Treatise on elephants
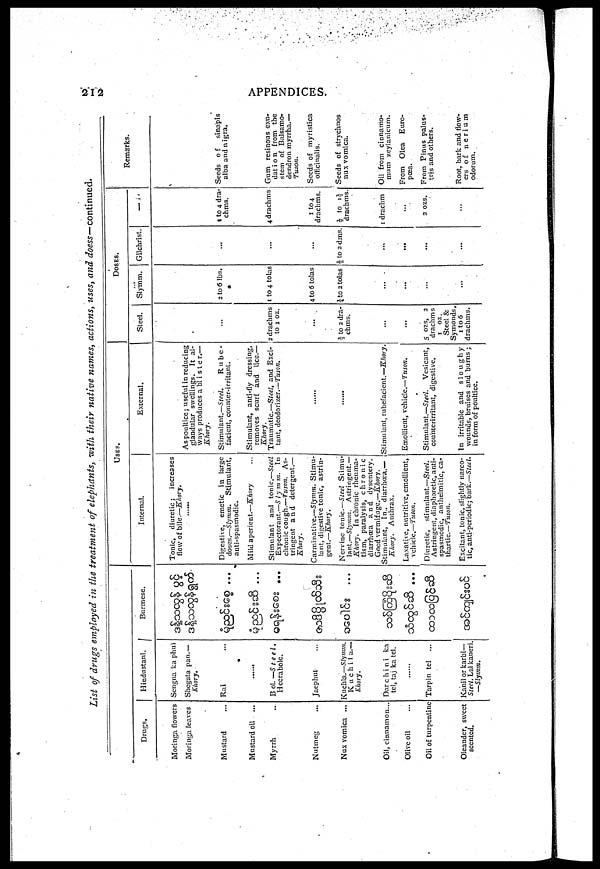
212
APPENDICES.
List of drugs employed in the treatment of elephants, with their native names, actions, uses, and doess—continued.
Drugs.
Moringa (flowers
Moringa leaves
Mustard
Mustard oil ...
Myrrh
Nutmeg
Nux vomica ...
Oil, cinnamon...
Olive oil ...
Oil of turpentine
Oleander, sweet
scented.
Hindustani.
Sengna ka phul
Sliegata pan.—
Khory.
Rai
B
ol.—Steel.
Heerabole.
Jaephul
Kuchla.—Slymm.
Kuchi1a—
Khory.
Dar chini ka
tel, taj ka tel.
......
Tarpin tel
Kanil or karbi—
Steel. Lal kaneri.
—Slymm.
Burmese.
...
...
...
...
USES.
Internal.
Tonic, diuretic;
increases
flow of bile.—Khory.
........
Digestive, emetic in large
doses.—Slymm.
Stimulant,
anti-spasmodic.
Mild aperient.—Khory
Stimulant and tonic.—Steel
Expectorant.—Slymm. In
chronic cough.—Tuson. As-
tringent and detergent.—
Khory.
Carminnthe.—Slymm. Stimu-
lant, digesthe tonic, astrin-
gent.—Khory.
Nervine tonic.—Steel Stimu-
lant.—Slymm. Astringent.—
Khoty.
In chronic rheuma-
tism, paralysis, chronic
diarrhœa and dysentery.
Good vermifuge.—Khory.
Stimulant, In. diarrhoea.—
Khory.
Anthrax.
Laxative, nutritive, emollient,
vehicle.—Tuson.
Diuretic,
stimulant.—Steel.
Astringent, diaphoretic, anti-
spasmodic, anthelmitic, ca-
thartic— Tuson.
Excitant, tonic, slightly narco-
tic, anti-periodic; bark.—Steel.
External.
As poultice; useful in reducing
glandular swellings. It al-
ways produces a blister.—
Khory.
Stimulant.—Steel.
Rube-
facient, counter-irritant.
Stimulant, anti-fly dressing,
removes scurf and lice.—
Khory.
Traumatic.—Steel, and Exci-
tant, deodorizer.—Tuson.
......
......
Stimulant, rubefacient.—Khory.
Emollient, vehicle.—Tuson.
Stimulant.—Steel.
Vesicant,
countcrirritant, digestive.
In irritable and sloughy
wounds, bruises and burns ;
in form of poultice.
DOSES.
Steel.
...
2 drachms
to 1 oz.
......
½ to 2 dra-
chms.
...
...
5 OZS, 2
drachms
1
OZ.
Steel &
Symonds,
1 to 6
drachms.
Slymm.
2 to 6 lbs.
1 to 4 tolas
4 to 6 tolas
½ to 2 tolas
...
...
...
...
Gilchrist.
...
...
...
½ to 2 dms.
...
...
...
...
-
to 4 dra-
chms.
4 drachms
1 to 4
drachms.
½ to l½
drachms.
1 drachm
...
2 OZS.
...
Remarks.
Seeds
of
sinapis
alba and nigra.
Gum resinous exu-
dation from the
stem of Balsamo-
dendron myrrha.—
Tuson.
Seeds of myristica
ofiicinalis.
Seeds of strychnos
nux vomica.
Oil from cinnamo-
mum zeylanicum.
From Olea Euro-
poea.
From Pinus palus-
tris and others.
Root, bark and flow-
ers of
nerium
odorum.